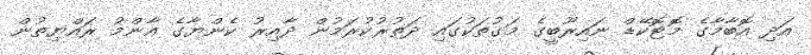
އަދި އޮބާމާގެ މޮޓޮކޭޑް ނައިރޫބީގެ މަގުތަކުގައި ދަތުރުކުރަމުން ދާއިރު ކެންޔާގެ އާންމު ރައްޔިތުން